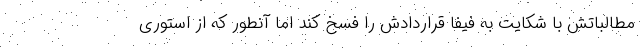
مطالباتش با شکایت به فیفا قراردادش را فسخ کند اما آنطور که از استوری